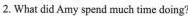
2. What did Amy spend much time doing?